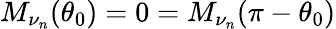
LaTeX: M_{\nu_{n}}(\theta_{0})=0=M_{\nu_{n}}(\pi-\theta_{0})